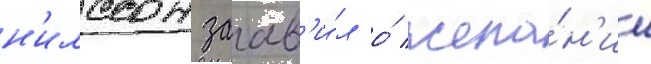
н'илссон заав'и́л о́ жела́н'ии